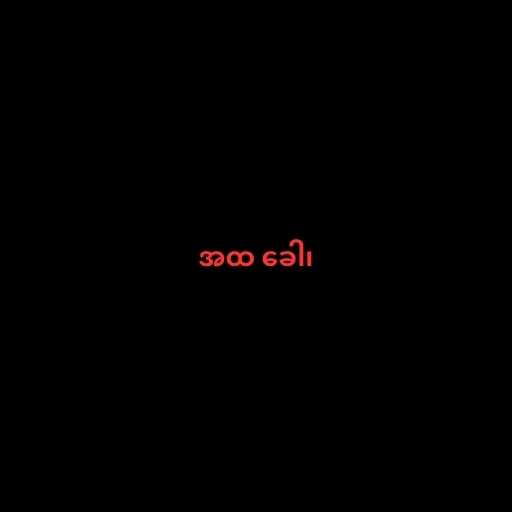
အထ ခေါ၊